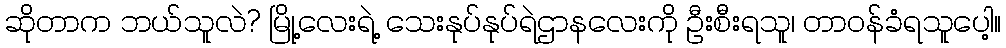
ဆိုတာက ဘယ်သူလဲ? မြို့လေးရဲ့ သေးနုပ်နုပ်ရဲဌာနလေးကို ဦးစီးရသူ၊ တာဝန်ခံရသူပေါ့။